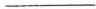
___